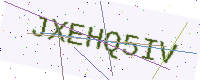
Text: JXEHQ5IV